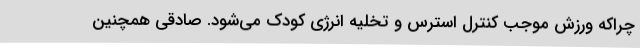
چراکه ورزش موجب کنترل استرس و تخلیه انرژی کودک می‌شود. صادقی همچنین